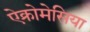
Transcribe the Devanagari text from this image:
ऐक्रोमेसिया